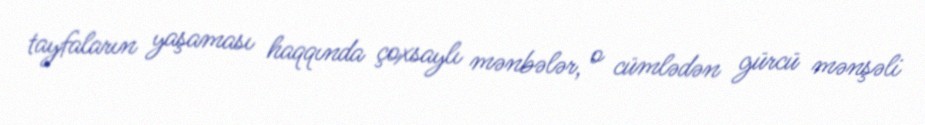
tayfaların yaşaması haqqında çoxsaylı mənbələr, o cümlədən gürcü mənşəli